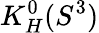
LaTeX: K_{H}^{0}(S^{3})